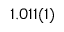
1 . 0 1 1 ( 1 )